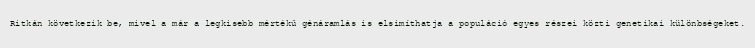
Ritkán következik be, mivel a már a legkisebb mértékű génáramlás is elsimíthatja a populáció egyes részei közti genetikai különbségeket.